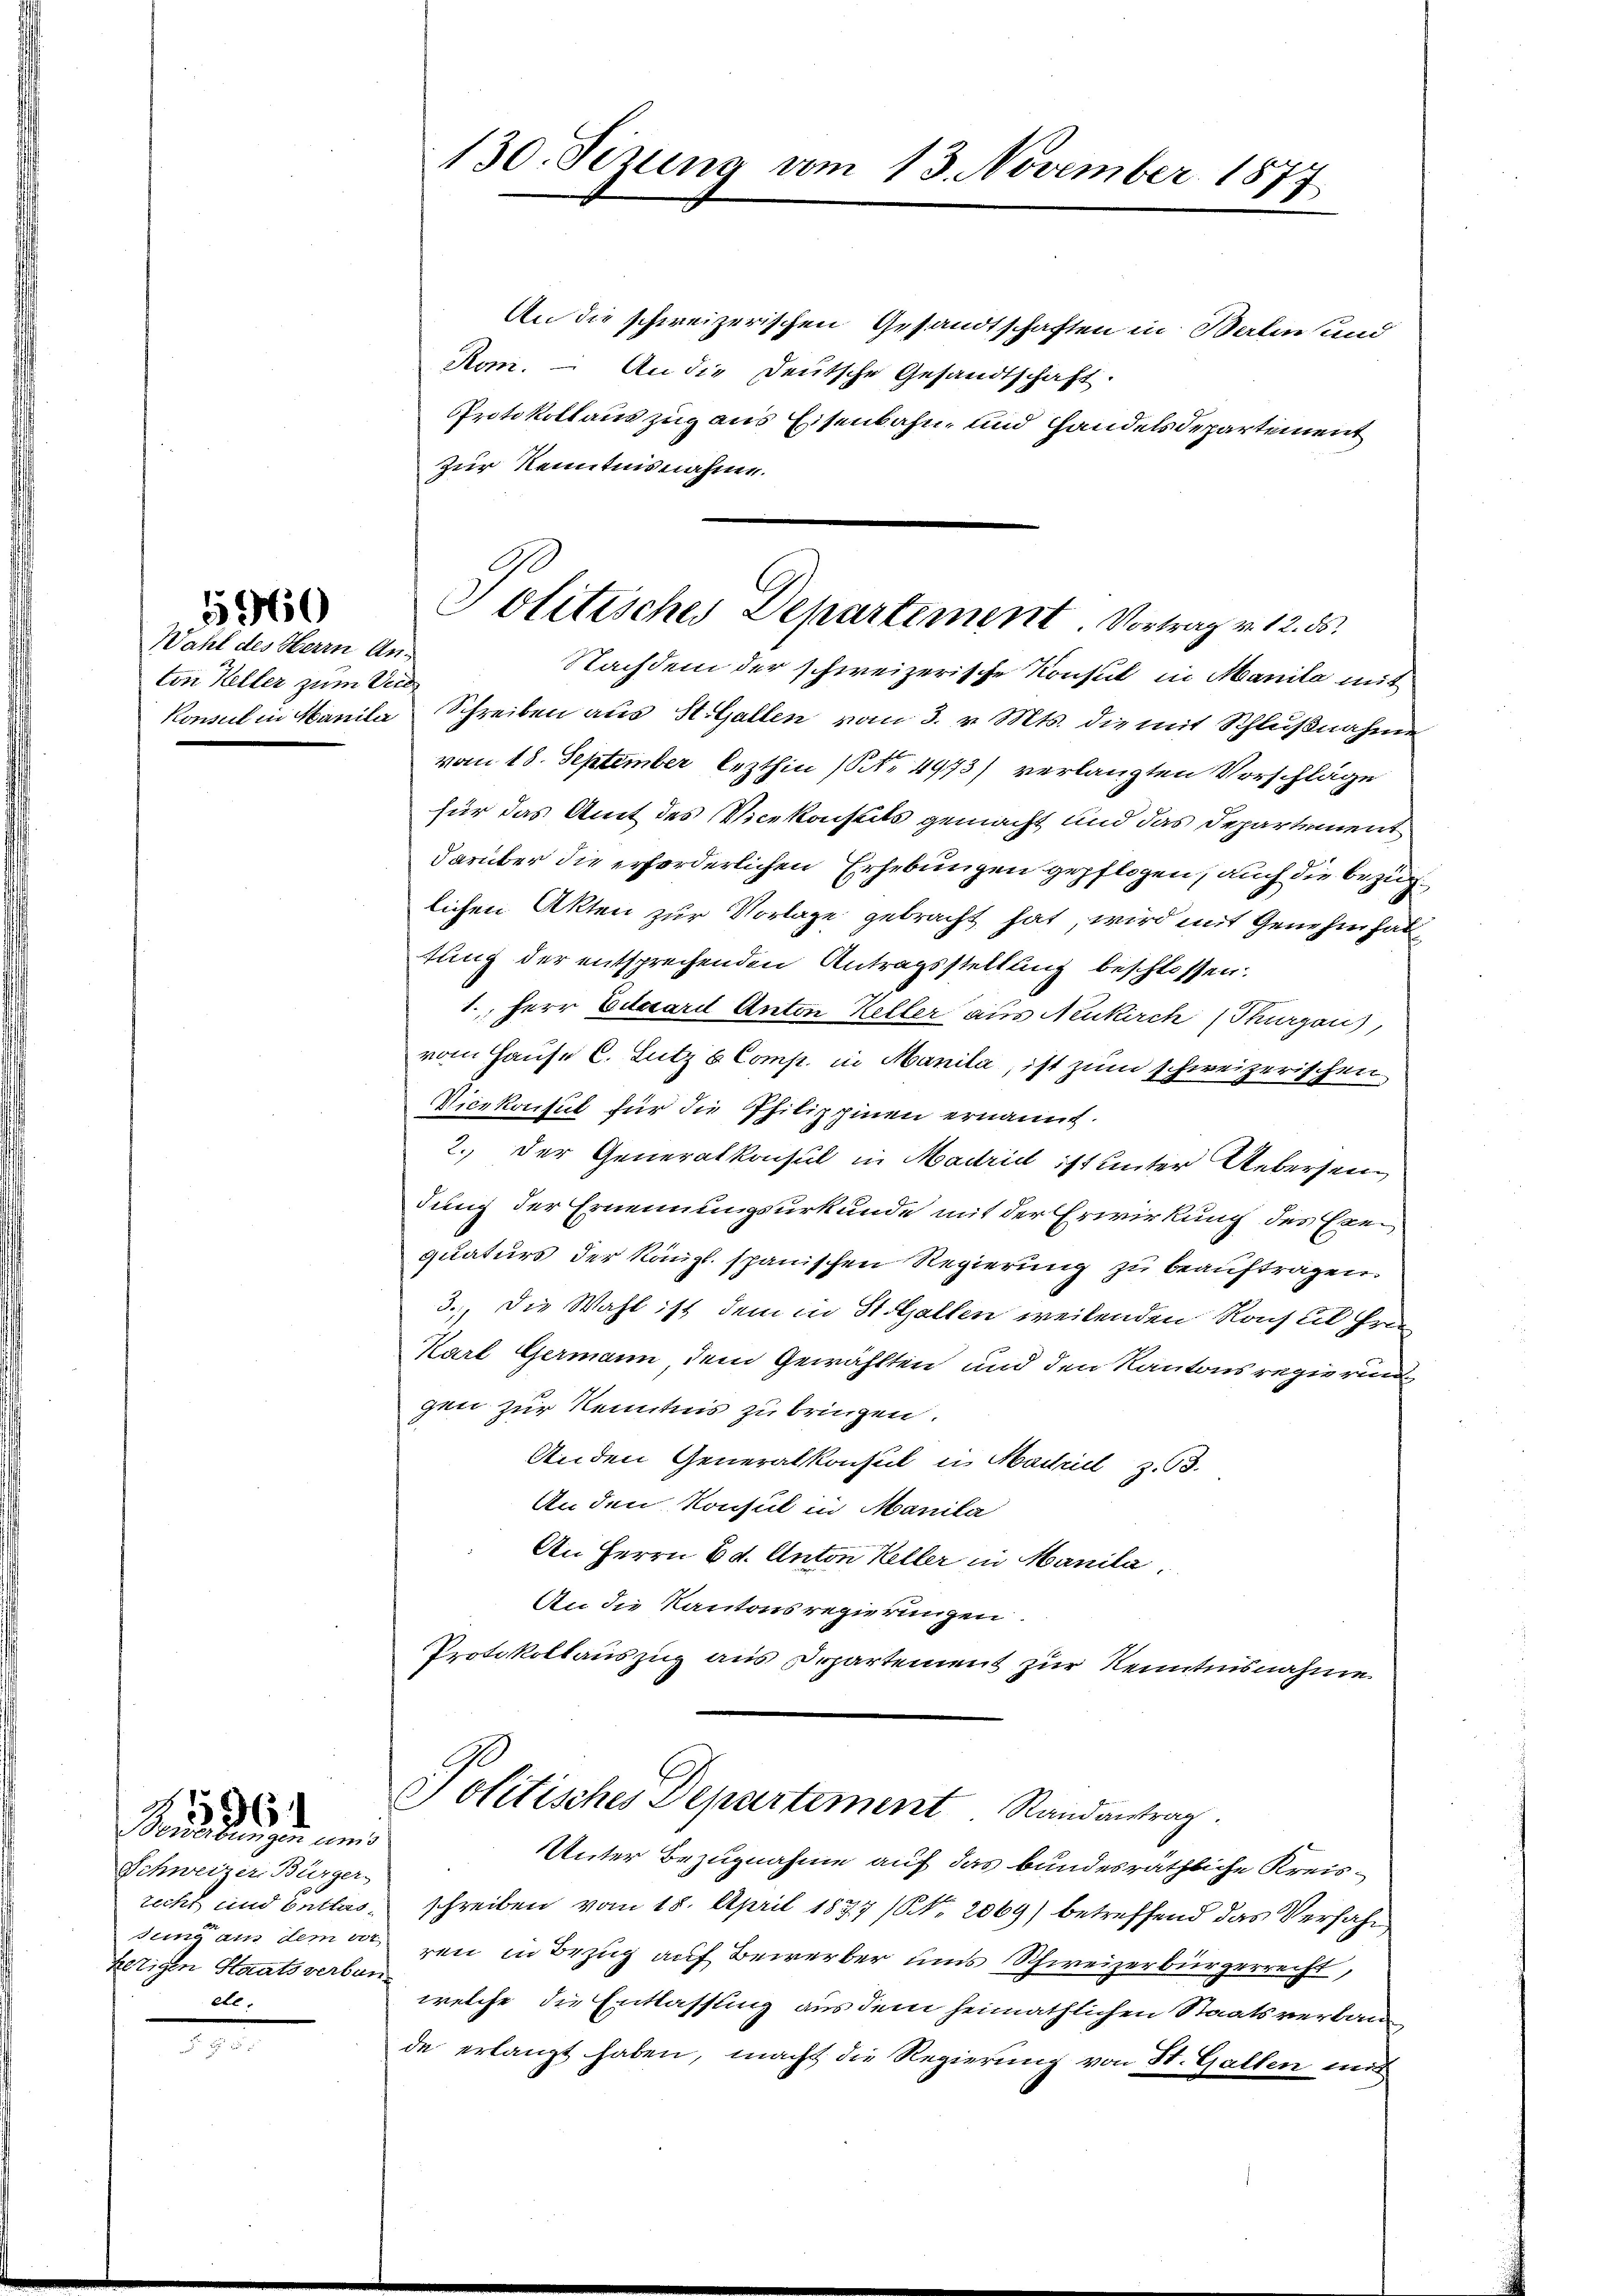
Wahl des Herrn Anton Keller zum Verd

1960

Bewerbungen um 3
Schweizer Bürger
sung aus dem vo
kezigen Staatsverbung
ete.

596

130. Sezung vom 13. November 1877

An die schweizerischen Gesandtschaften in Balinand
Rom. – An die Deutsche Gesandtschaft.
Protokollauszug aus Eisenbahn und Handelsdepartement
zur Kenntnisnahme.
Nachdem der schweizerische Konsul in Manila mit
Konsul in Manila Schreiben aus St. Gallen vom 3. v. Mts. die mit Schlußnahme
vom 18. September lezthin (S. 4973) verlangten Vorschläge
für das Amt des Vicekonseits gemacht und das Departement
darüber die erforderlichen Erhebungen gepflogen, auch die bezüglichen Akten zur Vorlage gebracht hat, wird mit Genehmhaltung der entsprechenden Antragsstellung beschlossen:
1., Herr Eduard Anton Keller aus Neukirch (Thurgau),
vom Hause C. Lutz 6 Comp. in Manila, ist zum schweizerischen
Vicekonsul für die Philippinen ernannt.
2.) Der Generalkonsul in Madrid ist unter Uebersendung der Ernennungsurkunde mit der Erwirkung des Exequaturs der kängl. spanischen Regierung zu beauftragen.
3., die Wahl ist dem in St. Gallen weilenden Konsul Fran
Karl Germann dem Gewählten und den Kantonsregierung
gen zur Kenntnis zu bringen.
Anden Generalkonsul in Machid z. B.
An den Konsul in Manila
An Herrn Ed. Anton Keller in Manila
An die Kantonsregierungen.
Protokollauszug aus Departement zur Kenntnisnahme
Politisches Departement Randantrag.
Unter Bezugnahme auf das bundesräthliche Kreisrecht und Entlas schreiben vom 18. April 1877 (NNo. 2069) betreffend das Verfahr
ren in Bezug auf Bewerber uns Schweizerbürgerrecht,
welche die Entlassung aus dem heimathlichen Staatsverbaude erlangt haben, macht die Regierung von St. Gallen mit

Politisches Departement. Vortrag v. 12. ds.